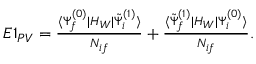
\begin{array} { r } { E 1 _ { P V } = \frac { \langle \Psi _ { f } ^ { ( 0 ) } | H _ { W } | \tilde { \Psi } _ { i } ^ { ( 1 ) } \rangle } { { \cal N } _ { i f } } + \frac { \langle \tilde { \Psi } _ { f } ^ { ( 1 ) } | H _ { W } | \Psi _ { i } ^ { ( 0 ) } \rangle } { { \cal N } _ { i f } } . } \end{array}